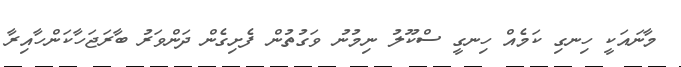
މާނައަކީ ހިނގި ކަމެއް ހިނގީ ސްކޫލު ނިމުނު ވަގުތުން ފެށިގެން ދަންވަރު ބާރަޖަހާކަންހާއިރާ